system: You are a helpful assistant.
user:
Analyze the provided spectrum to determine if it is a **M-type Giant (gM)**.

A M-type Giant spectrum is defined by its **strong molecular absorption** features, particularly from **Titanium Oxide (TiO)**. You must check for one of the following mutually exclusive signatures:

- **Key Visual Indicators (Absorption-Dominated Spectrum):**

    - **(Primary):** The spectrum is dominated by strong molecular absorption from **Titanium Oxide (TiO)**. This is the **defining feature** of its M-type temperature class.
        - **(Key Bandheads):** Look for sharp, "saw-tooth" absorption valleys. The strongest are located near **~7050 Å**, **~6160 Å**, and **~5170 Å**.
        - **(Line Profile):** The "saw-tooth" morphology is critical: a **sharp, steep drop on the BLUE (short-wavelength) side** of the bandhead, followed by a gradual recovery (rising flux) towards the RED (long-wavelength) side.

    - **(Key Confirmation - Giant vs. Dwarf):** **ABSENCE** of strong **Calcium Hydride (CaH)** molecular bands. This is the primary diagnostic for *excluding* M-dwarfs.
        - **(Key Region):** The spectrum should lack the strong, broad absorption band seen in dwarfs between **~6800 Å and ~7000 Å**.

    - **(Secondary Confirmation - Giant):** A very strong and broad **Neutral Calcium (Ca I)** atomic absorption line.
        - **(Key Line):** Located at **~4226 Å**. In a giant (gM), this line is significantly deeper and broader than the same line in an M-dwarf (dM) due to low surface gravity.

    - **(Overall Spectrum):**
        - The continuum is **extremely red-sloping** (i.e., flux is very low in the blue and rises dramatically towards the red).
        - The entire spectrum appears "chopped up" by the deep TiO bands.

Think first, call **spectral_visualization_tool** if needed to examine features in detail, then provide your final answer. Your response must adhere to the following strict rules:
1.  **Overall Structure:** Your response must follow the format `<think>...</think> <tool_call>...</tool_call> (if a tool is used) <answer>...</answer>`.
2.  **Tool Usage Constraint:** You may only make **one** tool call per turn.
3.  **Final Answer Format:** In the `<answer>` tag, your conclusion must be inside a `\boxed{}` command (e.g., `\boxed{YES}` or `\boxed{NO}`), followed by your justification.

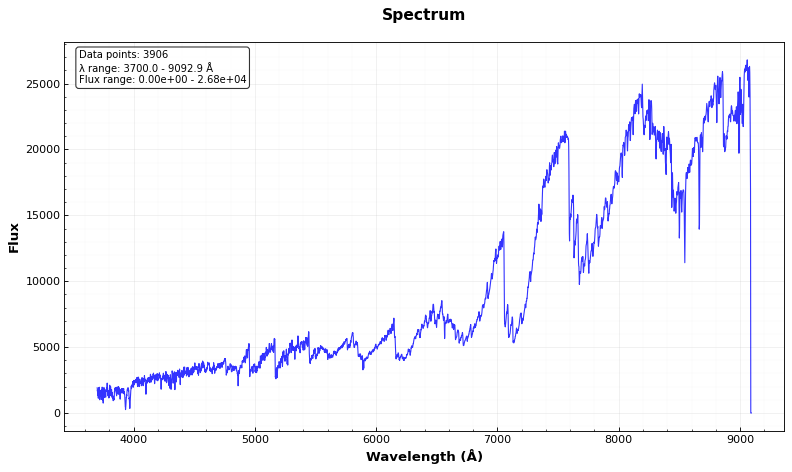
Answer: YES